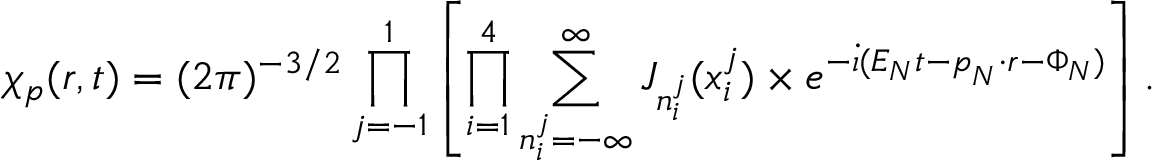
\chi _ { \boldsymbol { p } } ( \boldsymbol { r } , t ) = ( 2 \pi ) ^ { - 3 / 2 } \prod _ { \substack { j = - 1 } } ^ { 1 } \left[ \prod _ { \substack { i = 1 } } ^ { 4 } \sum _ { n _ { i } ^ { j } = - \infty } ^ { \infty } J _ { n _ { i } ^ { j } } ( x _ { i } ^ { j } ) \times e ^ { - \dot { \iota } ( E _ { N } t - \boldsymbol { p } _ { N } \cdot \boldsymbol { r } - { \Phi _ { N } } ) } \right] .